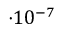
\cdot 1 0 ^ { - 7 }